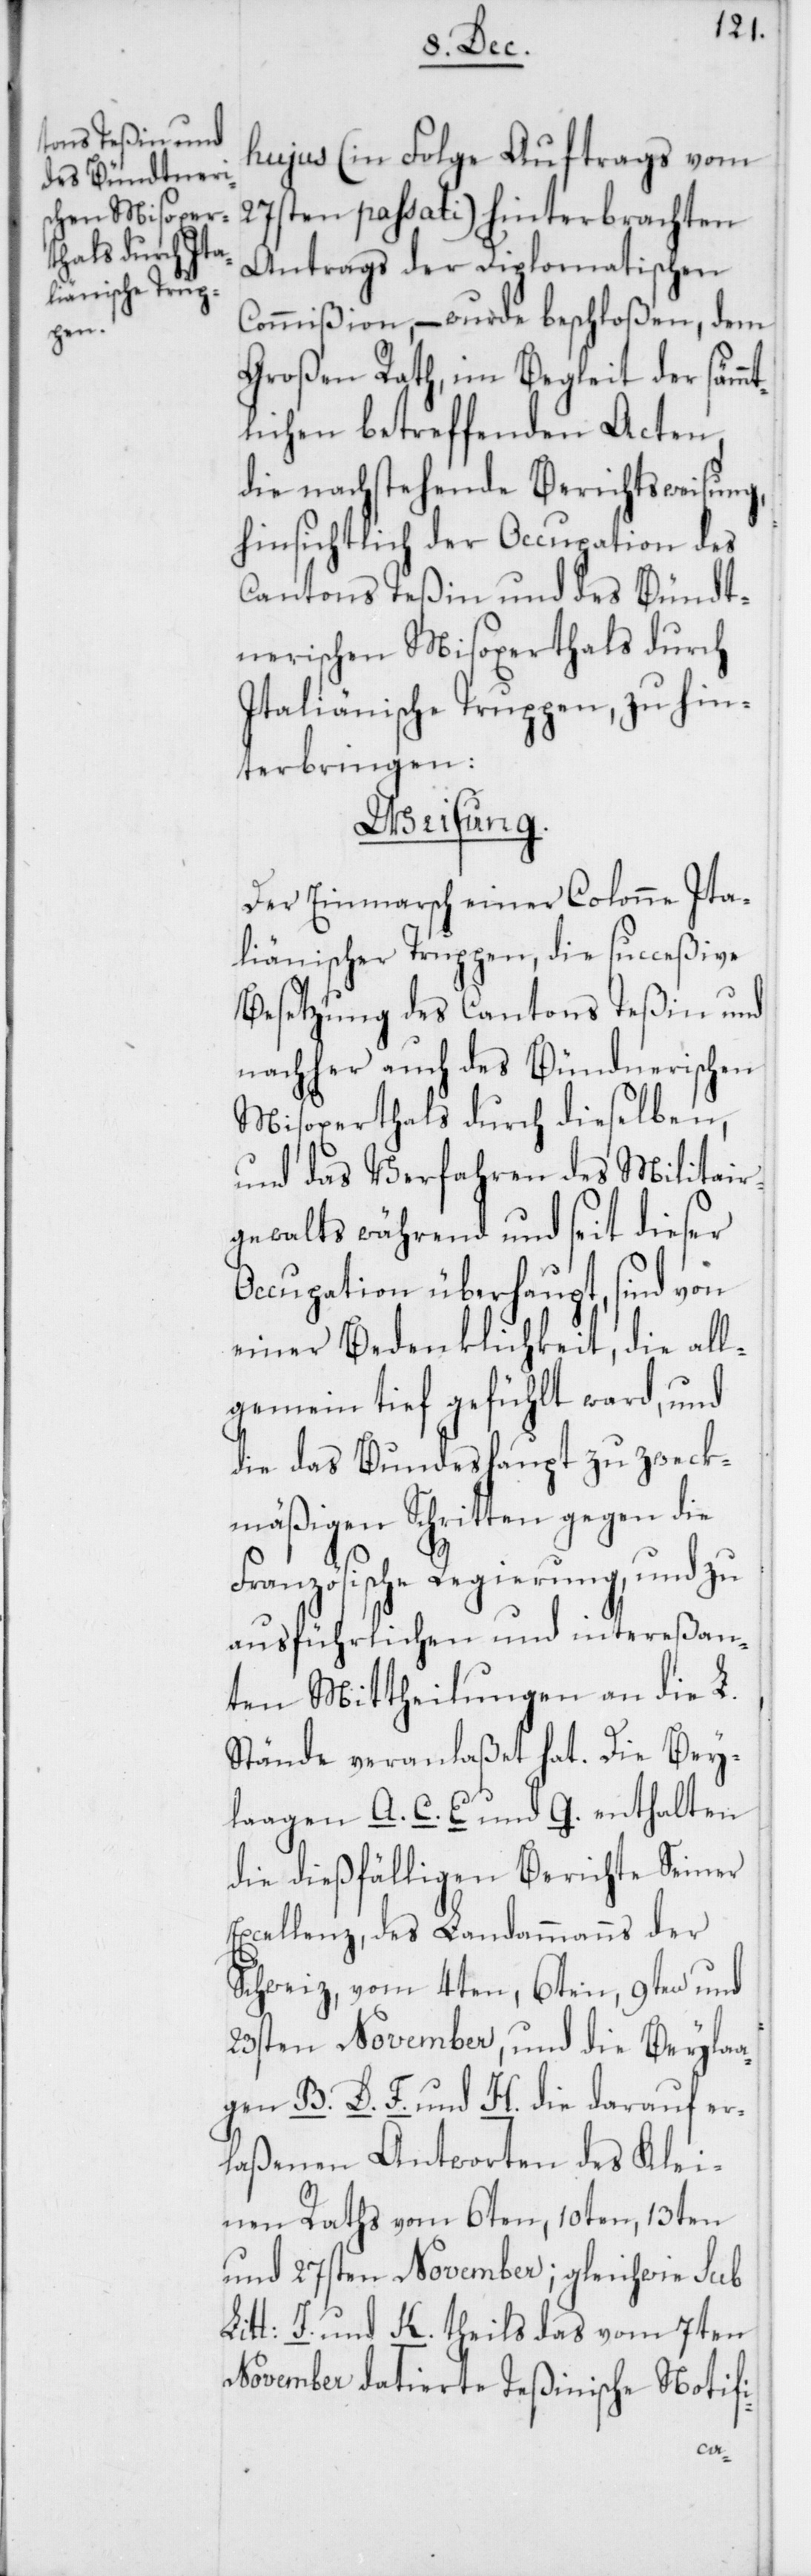
hujus (in Folge Auftrags vom
27sten passati) hinterbrachten
Antrags der Diplomatischen
Commißion, – wurde beschloßen, dem
Großen Rath, in Begleit der sämm¬
tlichen betreffenden Acten,
die nachstehende Berichtsweisung,
hinsichtlich der Occupation des
Cantons Teßin und des Bündt¬
nerischen Misoxerthals durch
Italiänische Truppen, zu hin¬
terbringen:
Weisung.
Der Einmarsch einer Colonne Ita¬
liänischer Truppen, die succeßive
Besetzung des Cantons Teßin und
nachher auch des Bündnerischen
Misoxerthals durch dieselben,
und das Verfahren des Militair¬
gewalts während und seit dieser
Occupation überhaupt, sind von
einer Bedenklichkeit, die all¬
gemein tief gefühlt ward, und
die das Bundeshaupt zu zweck¬
mäßigen Schritten gegen die
Französische Regierung, und zu
ausführlichen und intereßan¬
ten Mittheilungen an die L.
Stände veranlaßet hat. Die Bey¬
laagen A. C. E und G. enthalten
die dießfälligen Berichte Seiner
Excellenz, des Landammanns der
Schweiz, vom 4ten, 6ten, 9ten und
23sten November, und die Beyla¬
agen B. D. F. und H. die darauf er¬
laßenen Antworten des Klei¬
nen Raths vom 6ten, 10ten, 13ten
und 27sten November; gleichwie sub
Litt: J. und K. theils das vom 7ten
November datierte teßinische Notifi-